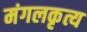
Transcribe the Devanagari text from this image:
मंगलकृत्य